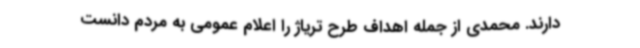
دارند. محمدی از جمله اهداف طرح تریاژ را اعلام عمومی به مردم دانست